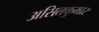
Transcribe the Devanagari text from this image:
असितकुमार